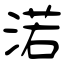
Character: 渃